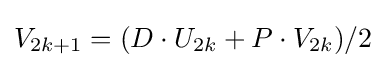
V_{2k+1}=(D\cdot U_{2k}+P\cdot V_{2k})/2